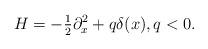
LaTeX: \begin{align*}H=-\tfrac12\partial_x^2 + q\delta(x),q<0.\end{align*}